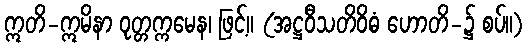
ဣတိ-ဣမိနာ ဝုတ္တက္ကမေန၊ ဖြင့်။ (အဋ္ဌဝီသတိဝိဓံ ဟောတိ-၌ စပ်။)